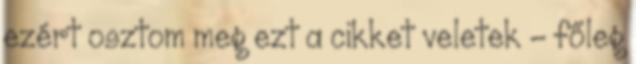
ezért osztom meg ezt a cikket veletek - főleg